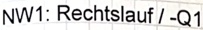
Text: NW1: Rechtslauf / -Q1